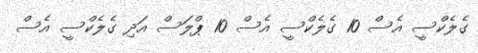
ގެލެކްސީ އެސް 10 ގެލެކްސީ އެސް 10 ޕްލަސް އަދި ގެލެކްސީ އެސް